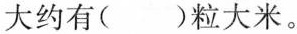
大约有( )粒大米。